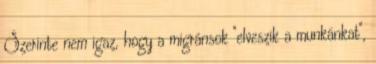
Szerinte nem igaz, hogy a migránsok "elveszik a munkánkat",